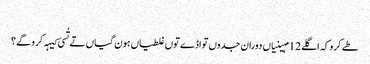
‏
طے کرو کہ اگلے 12 مہینیاں دوران جدوں تواڈے توں غلطیاں ہون گیاں تے تُسی کیہہ کرو گے؟